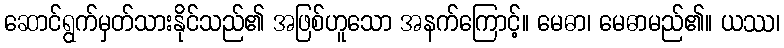
ဆောင်ရွက်မှတ်သားနိုင်သည်၏ အဖြစ်ဟူသော အနက်ကြောင့်။ မေဓာ၊ မေဓာမည်၏။ ယဿ၊